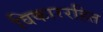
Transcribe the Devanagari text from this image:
विकाररहित